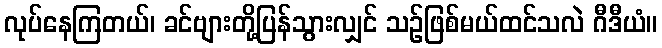
လုပ်နေကြတယ်၊ ခင်ဗျားတို့ပြန်သွားလျှင် သဉ်ဖြစ်မယ်ထင်သလဲ ဂီဒီယံ။